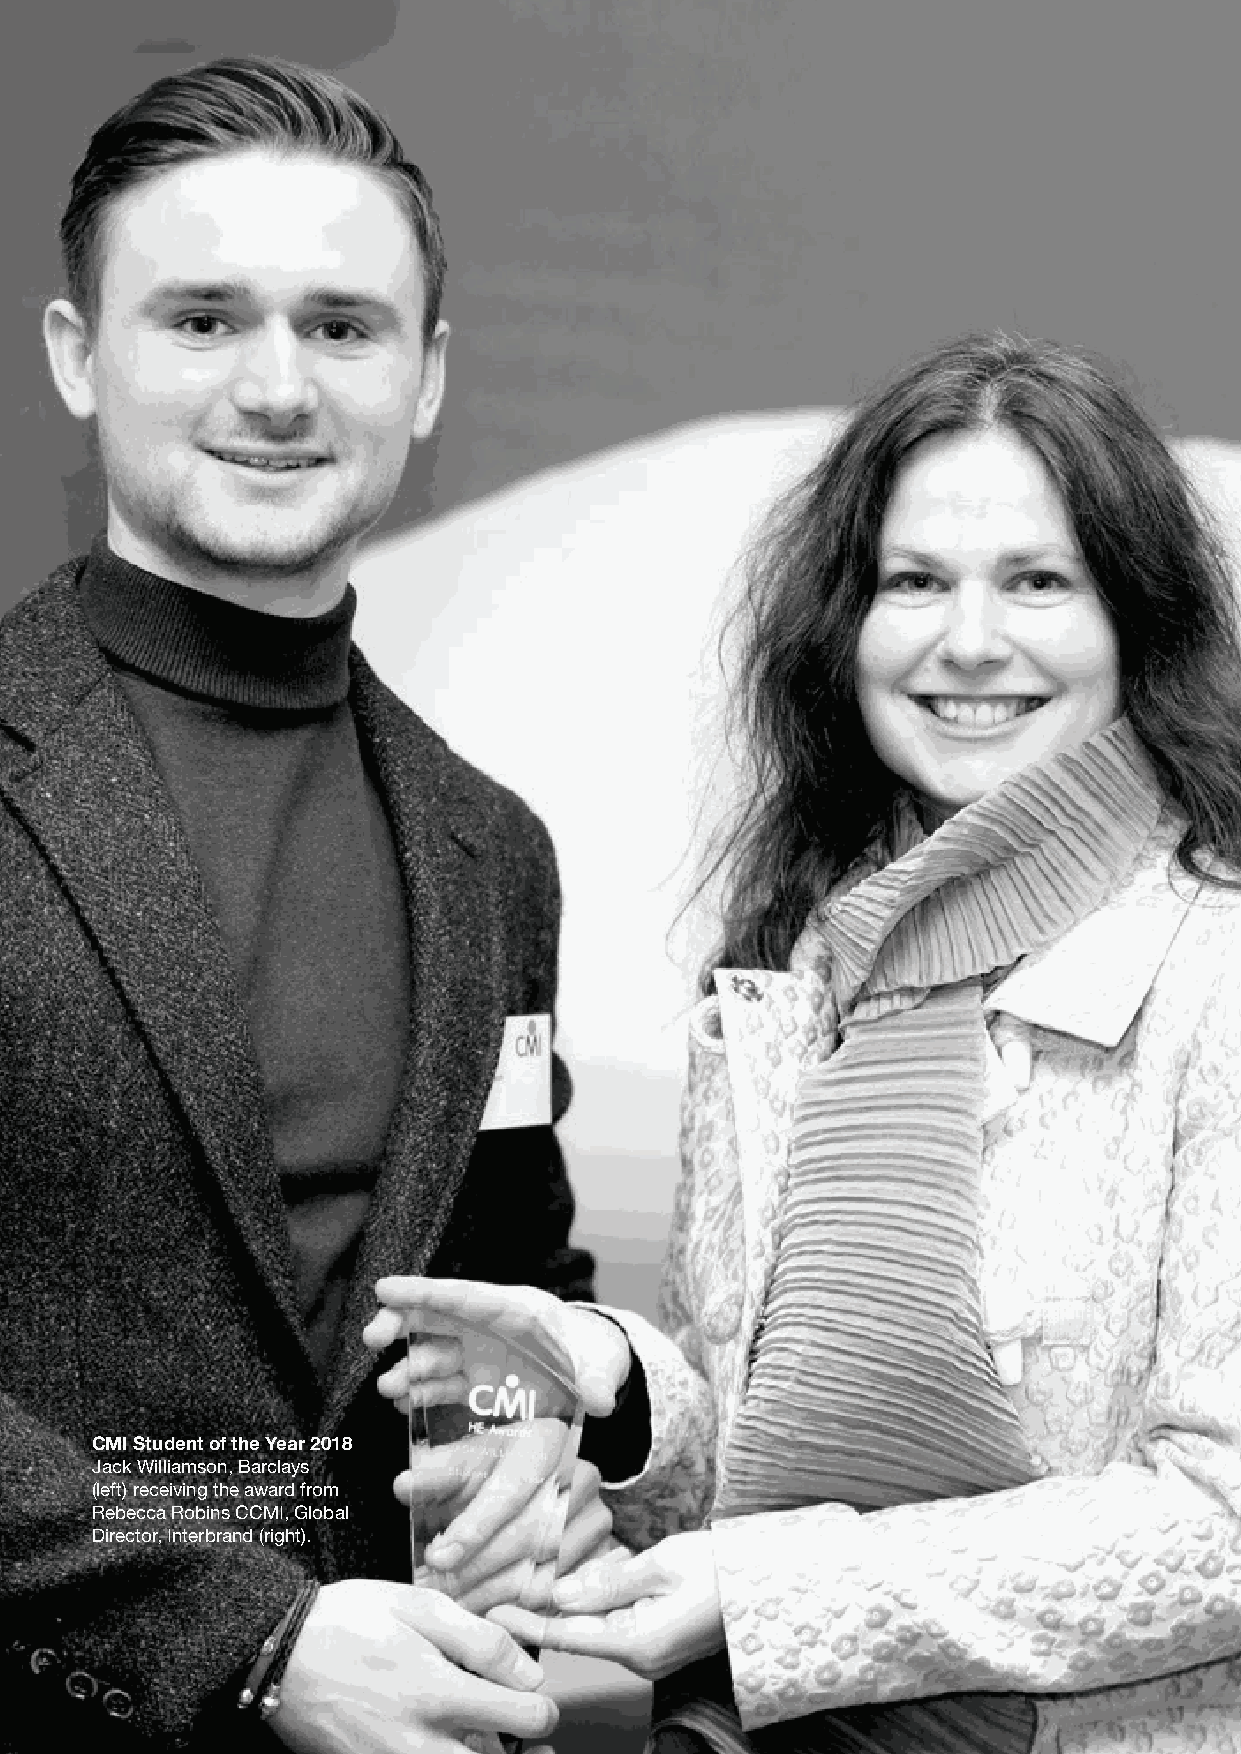
CMI Student of the Year 2018
 Jack Williamson, Barclays
 (left) receiving the award from
 Rebecca Robins CCMI, Global
 Director, Interbrand (right).